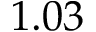
1 . 0 3